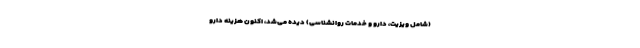
(شامل ویزیت، دارو و خدمات روانشناسی) دیده می‌شد، اکنون هزینه دارو